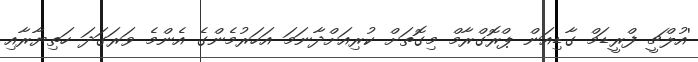
'އުލްޗީ ފްރީޑަމް ގާޑިއަން ޕްރޮގްރާމް މިގޮތަށް ކުރިއަށްދާނަމަ އަހަރުމެންގެ އެންމެ ވަރަގަދަ ހަތިޔާރާއި